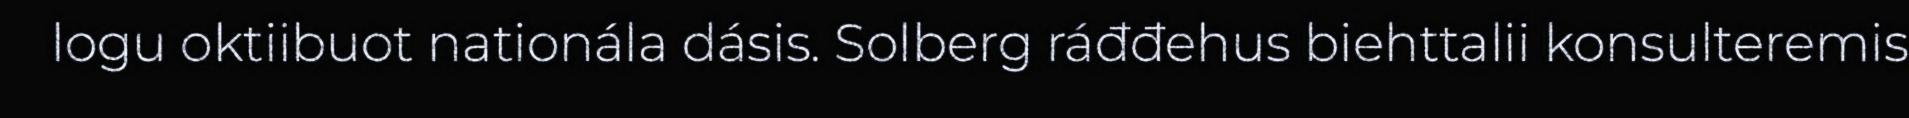
logu oktiibuot nationála dásis. Solberg ráđđehus biehttalii konsulteremis